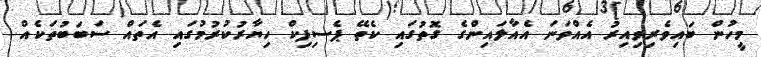
މީހުން ބައިވެރިވިއިރު އެއްވަނަ އެއާލައިންގެ ގޮތުގައި ކެތޭ ޕެސިފިކް ހިޔާރުކުރުމުގައި އެތައް ސަބަބުތަކެއް